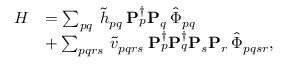
\begin{array} { r l } { H } & { = \sum _ { p q } \: \tilde { h } _ { p q } \: \mathbf { P } _ { p } ^ { \dagger } \mathbf { P } _ { q } \: \hat { \Phi } _ { p q } } \\ & { + \sum _ { p q r s } \: \tilde { v } _ { p q r s } \: \mathbf { P } _ { p } ^ { \dagger } \mathbf { P } _ { q } ^ { \dagger } \mathbf { P } _ { s } \mathbf { P } _ { r } \: \hat { \Phi } _ { p q s r } , } \end{array}